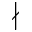
\nmid